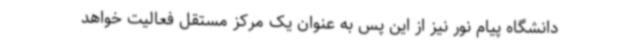
دانشگاه پیام نور نیز از این پس به عنوان یک مرکز مستقل فعالیت خواهد